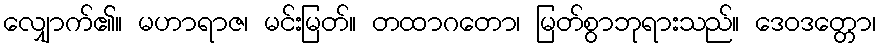
လျှောက်၏။ မဟာရာဇ၊ မင်းမြတ်။ တထာဂတော၊ မြတ်စွာဘုရားသည်။ ဒေဝဒတ္တော၊